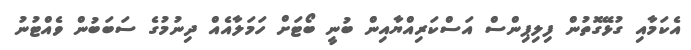
އެކަމާއި ގުޅޭގޮތުން ފިލިޕިންސް އަސްކަރިއްޔާއިން ބުނީ ބޯޓަށް ހަމަލާއެއް ދިނުމުގެ ސަބަބުން ވެއްޓުނު